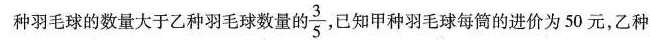
种羽毛球的数量大于乙种羽毛球数量的 \frac{3}{5}，已知甲种羽毛球每筒的进价为50元，乙种